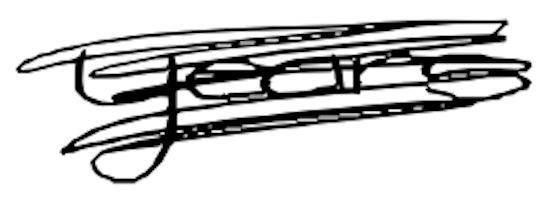
Text: years
Cross-out: mix
Writing tool: digital_black